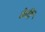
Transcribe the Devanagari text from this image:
केविं